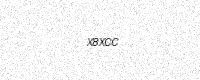
Text: X8XCC